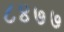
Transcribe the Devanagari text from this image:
८४७७